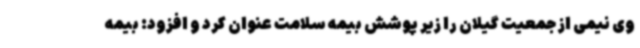
وی نیمی از جمعیت گیلان را زیر پوشش بیمه سلامت عنوان کرد و افزود: بیمه